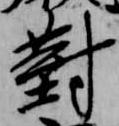
対